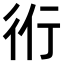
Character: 𧗞